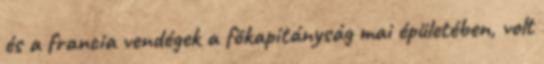
és a francia vendégek a fõkapitányság mai épületében, volt